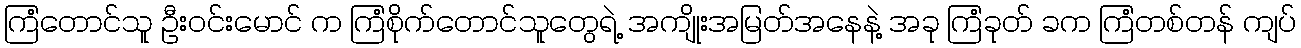
ကြံတောင်သူ ဦးဝင်းမောင် က ကြံစိုက်တောင်သူတွေရဲ့ အကျိုးအမြတ်အနေနဲ့ အခု ကြံခုတ် ခက ကြံတစ်တန် ကျပ်